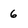
Character: 6